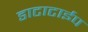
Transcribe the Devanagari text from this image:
डाटाटाईप